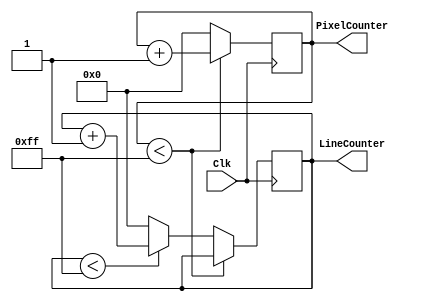
`timescale 1ns/1ps

module vcounter #(
    parameter XBITS = 8,
    parameter YBITS = 8,
    parameter XMAX = 255,
    parameter YMAX = 255
) (
    input wire Clk,
    output reg[XBITS-1:0] PixelCounter,
    output reg[YBITS-1:0] LineCounter
);

initial PixelCounter <= 1'b0;
initial LineCounter <= 1'b0;

always @(posedge Clk) begin
    if (PixelCounter < XMAX) PixelCounter <= PixelCounter + 1'b1;
    else begin
        PixelCounter <= 1'b0;
        if (LineCounter < YMAX) LineCounter <= LineCounter + 1'b1;
        else LineCounter <= 1'b0;
    end
end

endmodule